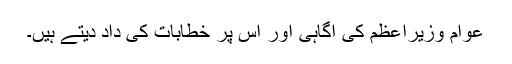
عوام وزیراعظم کی آگاہی اور اس پر خطابات کی داد دیتے ہیں۔